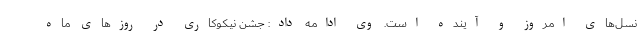
نسل‌های امروز و آینده است. وی ادامه داد: جشن نیکوکاری در روزهای ماه